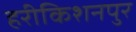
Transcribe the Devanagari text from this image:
हरीकिशनपुर